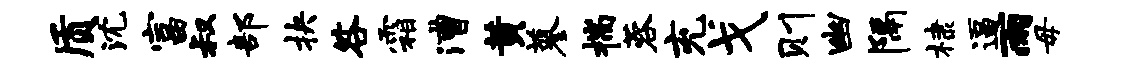
质沈富叔部抉咎霜漕黄蓼揣蓉充戈则幽隔棣逼雨毋